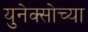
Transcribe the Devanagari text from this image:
युनेक्सोच्या